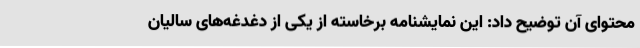
محتوای آن توضیح داد: این نمایشنامه برخاسته از یکی از دغدغه‌های سالیان